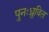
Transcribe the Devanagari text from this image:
पुनःध्रुवित